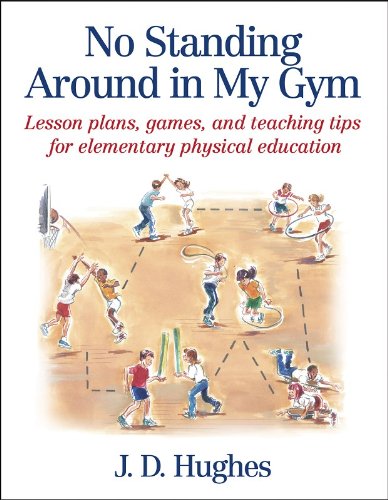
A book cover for No Standing Around in My Gym: Lesson plans, games, and teaching tips for elementary physical education; J.D. Hughes; Health, Fitness & Dieting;